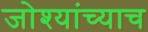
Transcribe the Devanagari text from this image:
जोश्यांच्याच